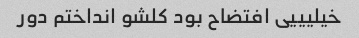
خیلیییی افتضاح بود کلشو انداختم دور